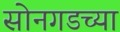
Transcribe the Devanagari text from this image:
सोनगडच्या